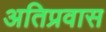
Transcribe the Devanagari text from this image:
अतिप्रवास